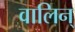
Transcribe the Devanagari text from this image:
वालिन्